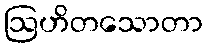
ဩဟိတသောတာ